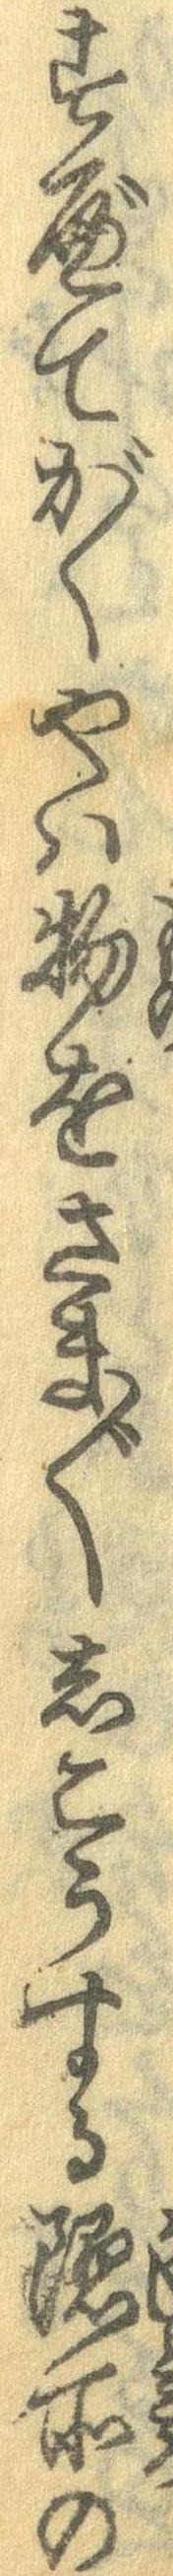
すべてがくやは物をさま〲しこうする隠所の